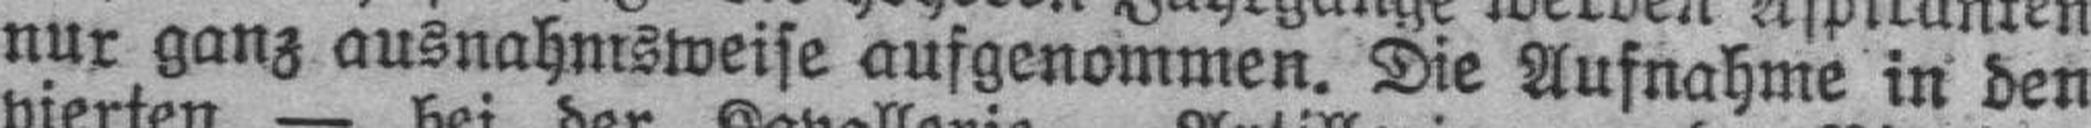
nur ganz ausnahmsweise aufgenommen. Die Aufnahme in den